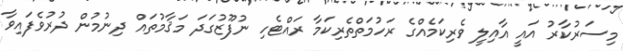
މިސަރުކާރު އައީ އާއިލީ ވެރިކަމެއްގެ ރަހުމަތްތެރިކަމާ ރައްޓެހި ނުފޫޒުގަދަ މަޤާމުތައް ދިނުމުން ދުރުވެފައިވާ